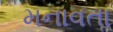
મનાવતાૢ